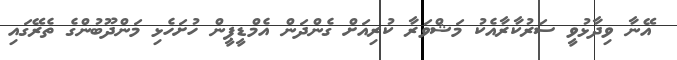
އޭނާ ވިދާޅުވީ ސަރުކާރާއެކު މަޝްވަރާ ކުރިއަށް ގެންދަން އެމްޑީޕީން ހުށަހެޅި މަންދޫބުންގެ ތެރޭގައި